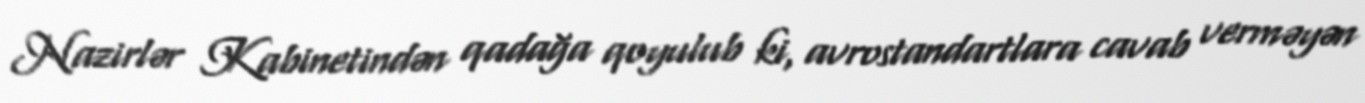
Nazirlər Kabinetindən qadağa qoyulub ki, avrostandartlara cavab verməyən